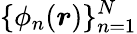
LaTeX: \{ \phi_{n}(\boldsymbol{r})\} _{n=1}^{N}